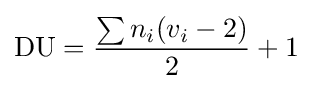
\mathrm {DU} ={\sum n_{i}(v_{i}-2) \over 2}+1